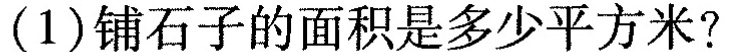
（1)铺石子的面积是多少平方米?